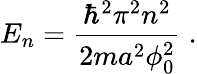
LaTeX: E_{n}=\frac{\hbar^{2}\pi^{2}n^{2}}{2ma^{2}\phi_{0}^{2}}\; .